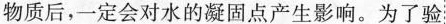
物质后，一定会对水的凝固点产生影响。为了验